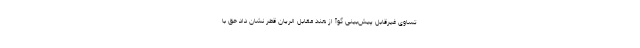
تساوی غیرقابل پیش‌بینی گوآ از هند مقابل الریان قطر نشان داد حق با